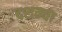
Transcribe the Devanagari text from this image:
दशम्या